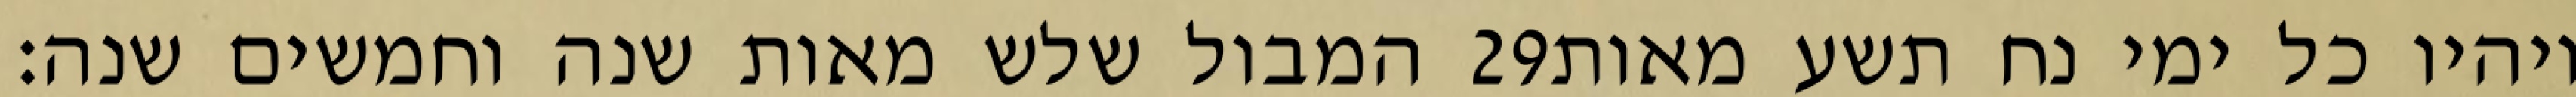
המבול שלש מאות שנה וחמשים שנה׃ ‎29‏ ויהיו כל ימי נח תשע מאות